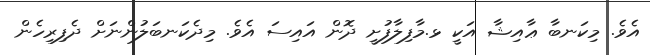
އެވެ. މިކަނބާ ޢާއިޝާ އަކީ ޅ.މާފިލާފުށީ ދޮން އައިސަ އެވެ. މިދެކަނބަލުންނަށް ދެފިރިހެން